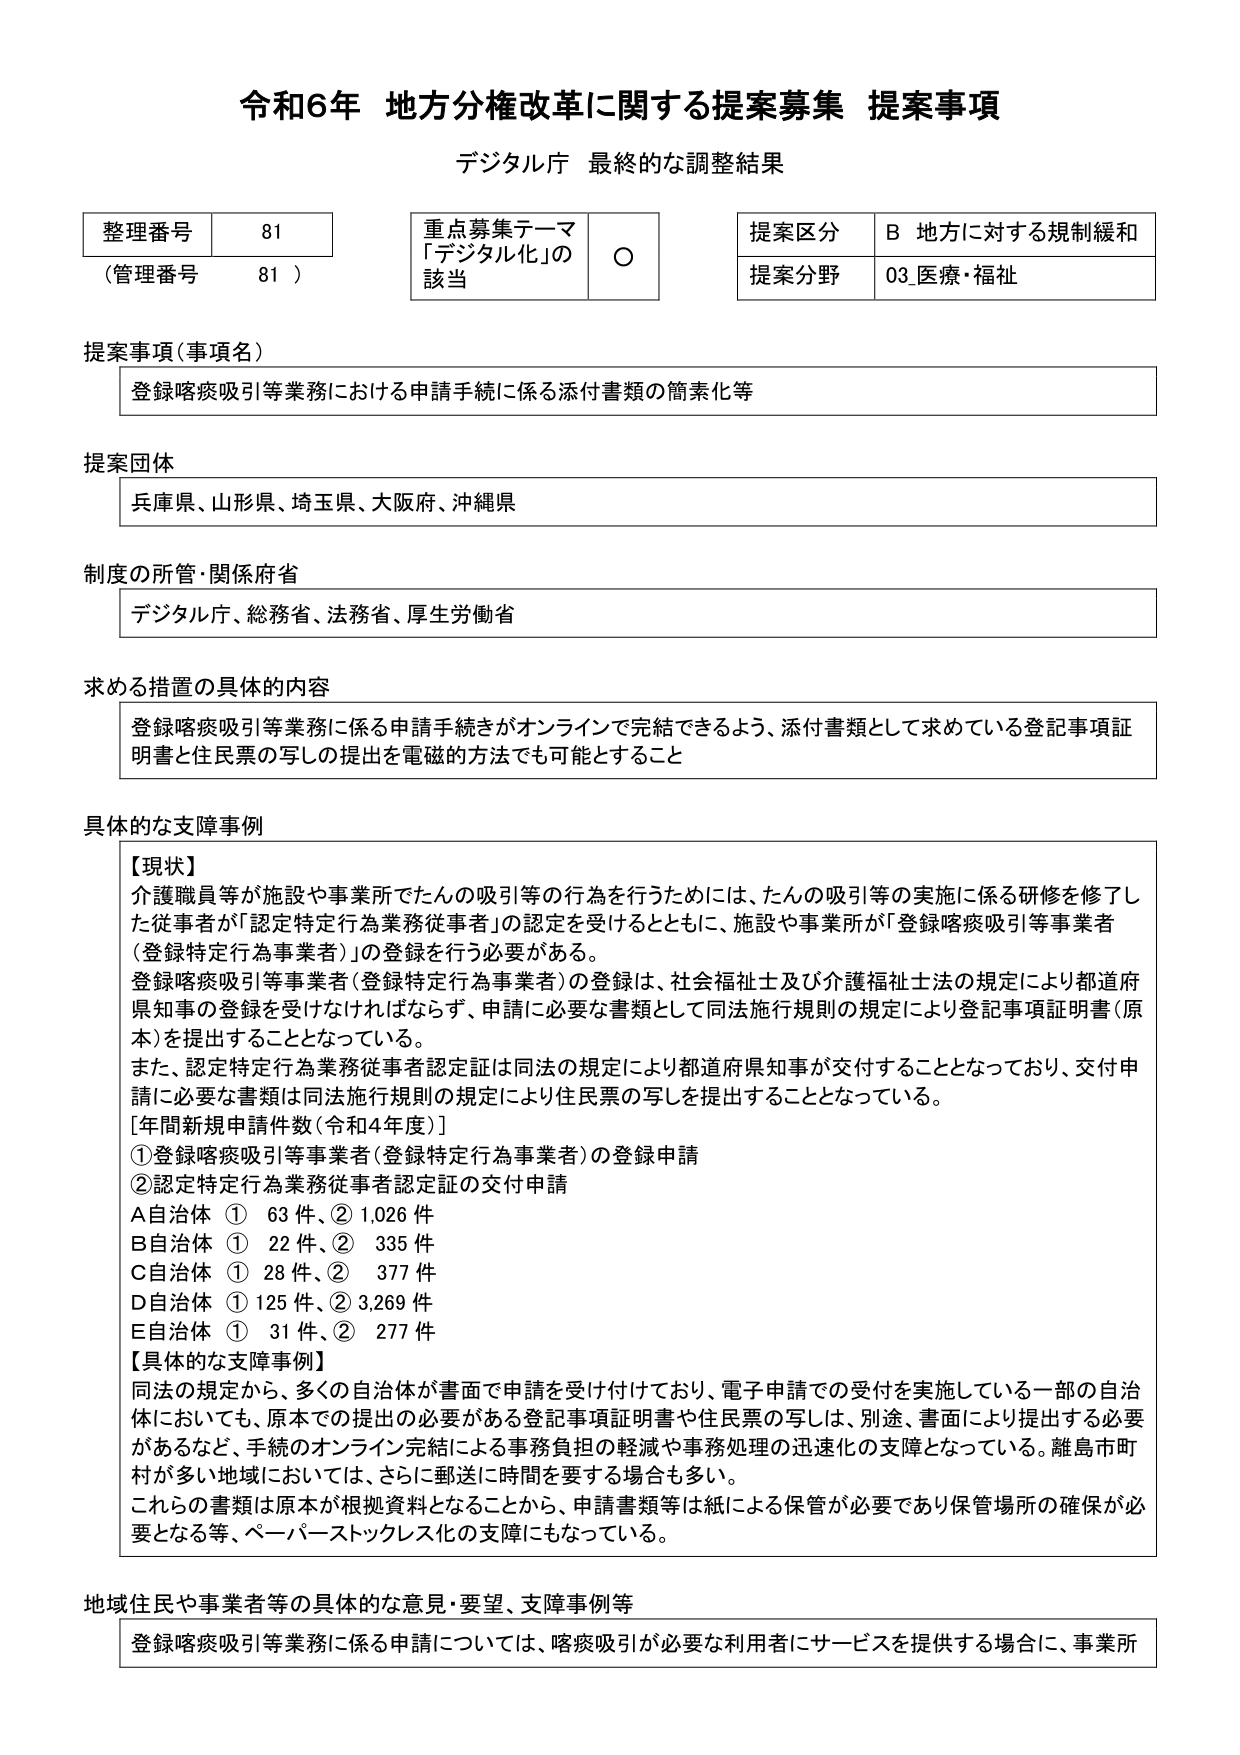
令和6年 地方分権改革に関する提案募集 提案事項
デジタル庁 最終的な調整結果

整理番号 81
（管理番号 81）

重点募集テーマ
「デジタル化」の該当 ○

提案区分 B 地方に対する規制緩和
提案分野 03 医療・福祉

提案事項（事項名）
登録喀痰吸引等業務における申請手続に係る添付書類の簡素化等

提案団体
兵庫県、山形県、埼玉県、大阪府、沖縄県

制度の所管・関係府省
デジタル庁、総務省、法務省、厚生労働省

求める措置の具体的内容
登録喀痰吸引等業務に係る申請手続きがオンラインで完結できるよう、添付書類として求めている登記事項証明書と住民票の写しの提出を電磁的方法でも可能とすること

具体的な支障事例
【現状】
介護職員等が施設や事業所でたんの吸引等の行為を行うためには、たんの吸引等の実施に係る研修を修了した従事者が「認定特定行為業務従事者」の認定を受けるとともに、施設や事業所が「登録喀痰吸引等事業者（登録特定行為事業者）」の登録を行う必要がある。
登録喀痰吸引等事業者（登録特定行為事業者）の登録は、社会福祉士及び介護福祉士法の規定により都道府県知事の登録を受けなければならず、申請に必要な書類として同法施行規則の規定により登記事項証明書（原本）を提出することとなっている。
また、認定特定行為業務従事者認定証は同法の規定により都道府県知事が交付することとなっており、交付申請に必要な書類は同法施行規則の規定により住民票の写しを提出することとなっている。
[年間新規申請件数（令和4年度）]
① 登録喀痰吸引等事業者（登録特定行為事業者）の登録申請
② 認定特定行為業務従事者認定証の交付申請
A自治体 ① 63件、② 1,026件
B自治体 ① 22件、② 335件
C自治体 ① 28件、② 377件
D自治体 ① 125件、② 3,269件
E自治体 ① 31件、② 277件
【具体的な支障事例】
同法の規定から、多くの自治体が書面で申請を受け付けており、電子申請での受付を実施している一部の自治体においても、原本での提出の必要がある登記事項証明書や住民票の写しは、別途、書面により提出する必要があるなど、手続のオンライン完結による事務負担の軽減や事務処理の迅速化の支障となっている。離島市町村が多い地域においては、さらに郵送に時間を要する場合も多い。
これらの書類は原本が根拠資料となることから、申請書類等は紙による保管が必要であり保管場所の確保が必要となる等、ペーパーストックレス化の支障にもなっている。

地域住民や事業者等の具体的な意見・要望、支障事例等
登録喀痰吸引等業務に係る申請については、喀痰吸引が必要な利用者にサービスを提供する場合に、事業所